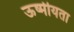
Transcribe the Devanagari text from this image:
ऊष्मीयता